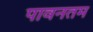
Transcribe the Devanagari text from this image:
पावनतम